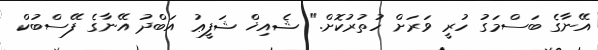
އޭނާގެ ބަސްމަގު ހުރީ ވަރަށް ހުތުރުކޮށް." ޝެއިޚް ޝަފީޢު އަބްދު އޭނާގެ ފޭސްބުކް